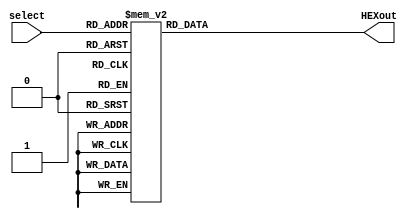
module sevenseg (
    select,
    HEXout
);
    input [4:0] select;
    output reg [0:6] HEXout;
    always @(*)
    begin
        //https://www.dcode.fr/7-segment-display
        // use this site to find decoded 7 segment
        //Binary (Anode) (7bit) for the settings.
        case (select) //case statement
            0 : HEXout = 7'b1000000;
            1 : HEXout = 7'b1111001;
            2 : HEXout = 7'b0100100;
            3 : HEXout = 7'b0110000;
            4 : HEXout = 7'b0011001;
            5 : HEXout = 7'b0010010;
            6 : HEXout = 7'b0000010;
            7 : HEXout = 7'b1111000;
            8 : HEXout = 7'b0000000;
            9 : HEXout = 7'b0010000;
            10 : HEXout = 7'b0001000; //A 
            //11 : HEXout = 7'b1100000; //B
            11 : HEXout = 7'b0000011; //B
            //12 : HEXout = 7'b0110001; //C
            12 : HEXout = 7'b1000110; //C
            //13 : HEXout = 7'b1000010; //D
            13 : HEXout = 7'b0100001; //D
            14 : HEXout = 7'b0000110; //E
            //14 : HEXout = 7'b0110000; //E
            //               ABCDEFG
            //15 : HEXout = 7'b0111000; //F
            15 : HEXout = 7'b0001110; //F
            // 16 show -
            //16 : HEXout = 7'b1111110;
            16 : HEXout = 7'b0111111;
            // 17 C
            17 : HEXout = 7'b1000110; 
            //17 : HEXout = 7'b0110001; 
            // 18 L
            18 : HEXout = 7'b1000111;
            //18 : HEXout = 7'b1110001;
            // 19 S
            19 : HEXout = 7'b0010010;
            //19 : HEXout = 7'b0100100;
            // 20 P
            20 : HEXout = 7'b0001100;
            //20 : HEXout = 7'b0011000;
            // 21 N
            21 : HEXout = 7'b0101011;
            //21 : HEXout = 7'b1101010;
            // 22 only set pin A low
            22 : HEXout = 7'b1111110;
            // 23 only set pin B low
            23 : HEXout = 7'b1111101;
            // 24 only set pin C low
            24 : HEXout = 7'b1111011;
            // 25 only set pin D low
            25 : HEXout = 7'b1110111;
            // 26 only set pin E low
            26 : HEXout = 7'b1101111;
            // 27 only set pin F low
            27 : HEXout = 7'b1011111;
            // 28 only set pin G low
            28 : HEXout = 7'b0111111;
            //switch off 7 HEX5ment character when the bcd digit is not a decimal number.
            default : HEXout = 7'b1111111; 
        endcase
    end
endmodule
//module module1(
//    input clk,
//    input rst,
//    input enable,
//    output reg scl,
//    output reg [7:0] vtg=0,
//    inout sda
//    );
//
//reg [7:0]voltage;
//reg direction=1;  
//reg SDA;
//assign sda=direction?SDA:1'bZ;   
//reg [7:0] state; 
//reg [7:0] address;                  // ADDRESS including read bit
//reg [7:0] count;
//reg ack;
//reg received_bit;
//parameter STATE_IDLE=0,
//          STATE_START=1,
//          STATE_ADD_RW=2,
//          STATE_ACK=3,
//          STATE_DATA=4,
//          STATE_RACK=5,
//          STATE_STOP=6;
//          
//always@(negedge clk)
//begin
//    if(rst==1)  scl<=1;
//    else begin
//             if((state==STATE_IDLE)||(state==STATE_START)||(state==STATE_STOP))  
//                     scl<=1;
//            else    scl<=~scl;
//         end 
//end 
//
//always@(posedge clk)
//begin
//    if(rst==1) begin
//        state<=STATE_IDLE;
//        direction<=1;
//        SDA<=1;
//        address=8'b10100001;  
//        count<=8'd0;      
//       end
//    else begin
//        case(state)
//        
//       STATE_IDLE:  begin                     //idle
//                        direction<=1;
//                        SDA<=1;
//                        if(enable)
//                        state<=STATE_START;
//                     end
//       STATE_START: begin                       //start
//                        SDA<=0;
//                        count<=8;
//                        state<=STATE_ADD_RW;
//                    end
//       STATE_ADD_RW: begin                       //address
//                        if(scl==0) begin
//                        SDA<=address[count-1];
//                        if(count==0)  begin  state<=STATE_ACK; direction<=0;   end
//                        else count<=count-1;
//                        end
//         end
//       STATE_ACK:    begin                       //acknowledge by slave
//                        ack=1;                 //ack<=sda for real time
//                        if(ack==1) begin  state<=STATE_DATA; count<=8;   end
//                        else    begin  state<=STATE_IDLE;   end
//                     end
//       STATE_DATA:  begin                        //start to receive data by slave
//                         if(scl==0) begin           //data is received only when scl is low
//                          received_bit<=sda;
//                          voltage[0]<=received_bit;
//                          voltage<=voltage<<1'b1;
//                          count<=count-1'b1;
//                          if(count==0) begin     state<=STATE_RACK;
//                                                 direction<=1; SDA<=1;      //actual ack
//                                                 vtg<=8'd15; //vtg<=voltage for real time
//                                       end
//                          else    begin    // vtg<=vtg+1'b1;  // for bug test
//                                            state<=STATE_DATA;   end
//                    end
//                    end
//       STATE_RACK:  begin                        //master acknowledging the data sent 
//                       if(scl==0) begin
//                        SDA<=0;             //making the line zero so that SDA toggles next when scl is one for stop
//                        state<=STATE_STOP;
//                    end
//                    end
//       STATE_STOP: begin                         //stop
//                        SDA<=1;
//                        state<=STATE_IDLE;
//                   end
//        endcase              
//       end
//    end
//endmodule